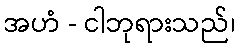
အဟံ - ငါဘုရားသည်၊